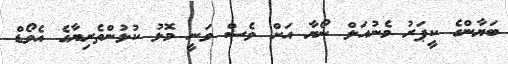
ބަޔާންގެ ކީޕަރު މެނުއަލް ނޯޔާ އަށް ވެސް ވަނީ މޮޅު ކުޅުންތެރިޔާގެ އެވޯޑް